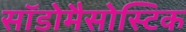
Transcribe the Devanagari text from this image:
सॉडोमैसोस्टिक